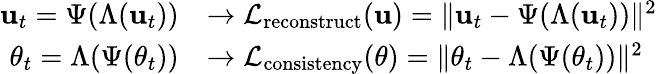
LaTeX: \begin{array}{rl}{\mathbf{u}_{t}=\Psi(\Lambda(\mathbf{u}_{t}))}&{\rightarrow\mathcal{L}_{\mathrm{reconstruct}}(\mathbf{u})=\| \mathbf{u}_{t}-\Psi(\Lambda(\mathbf{u}_{t}))\| ^{2}}\\ {\theta_{t}=\Lambda(\Psi(\theta_{t}))}&{\rightarrow\mathcal{L}_{\mathrm{consistency}}(\theta)=\| \theta_{t}-\Lambda(\Psi(\theta_{t}))\| ^{2}}\end{array}